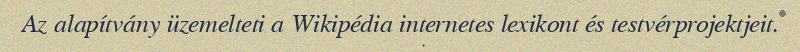
Az alapítvány üzemelteti a Wikipédia internetes lexikont és testvérprojektjeit.